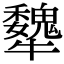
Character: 犩